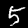
Digit: 5